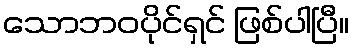
သောဘဝပိုင်ရှင် ဖြစ်ပါပြီ။